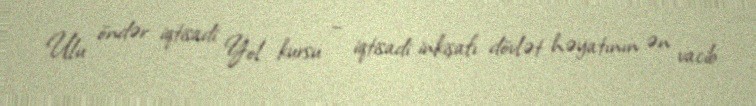
Ulu öndər iqtisadi Yol kursu – iqtisadi inkişafı dövlət həyatının ən vacib